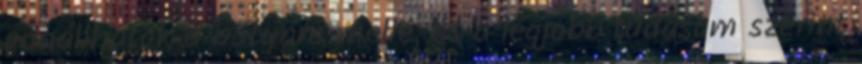
odaállhatok a bátyám mellé, és a legjobb tudásom szerint